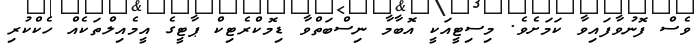
ވެސް ފޮނުވާފައިވާ ކަމަށެވެ. މިސިޓީއަކީ އޮބާމާ ނިސްބަތްވާ ޑިމޮކްރެޓިކް ޕާޓީގެ އީމެއިލްތަކެއް ހެކްކުރި